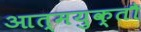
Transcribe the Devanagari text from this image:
आत्मयुक्तौ